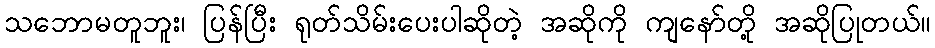
သဘောမတူဘူး၊ ပြန်ပြီး ရုတ်သိမ်းပေးပါဆိုတဲ့ အဆိုကို ကျနော်တို့ အဆိုပြုတယ်။